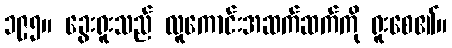
၁၉၅။ ခွေးရူးသည် လူကောင်းအဆက်ဆက်ကို ရူးစေ၏။